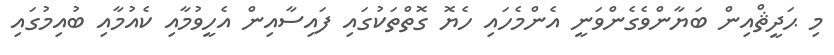
މި ޙަދީޘްއިން ބަޔާންވެގެންވަނީ އެންމެހައި ހެޔޮ ގޮތްތަކުގައި ފައިސާއިން އެހީވުމާއި ކެއުމާއި ބުއިމުގައި